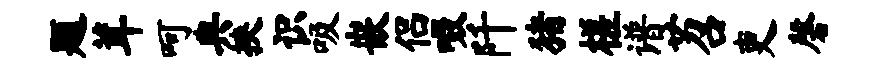
题茸呵典挟识吸嵌侣啜阡猪槎谱苕吏磬